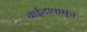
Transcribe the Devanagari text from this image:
वाईटापासून